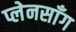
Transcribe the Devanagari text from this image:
प्लेनसाँग